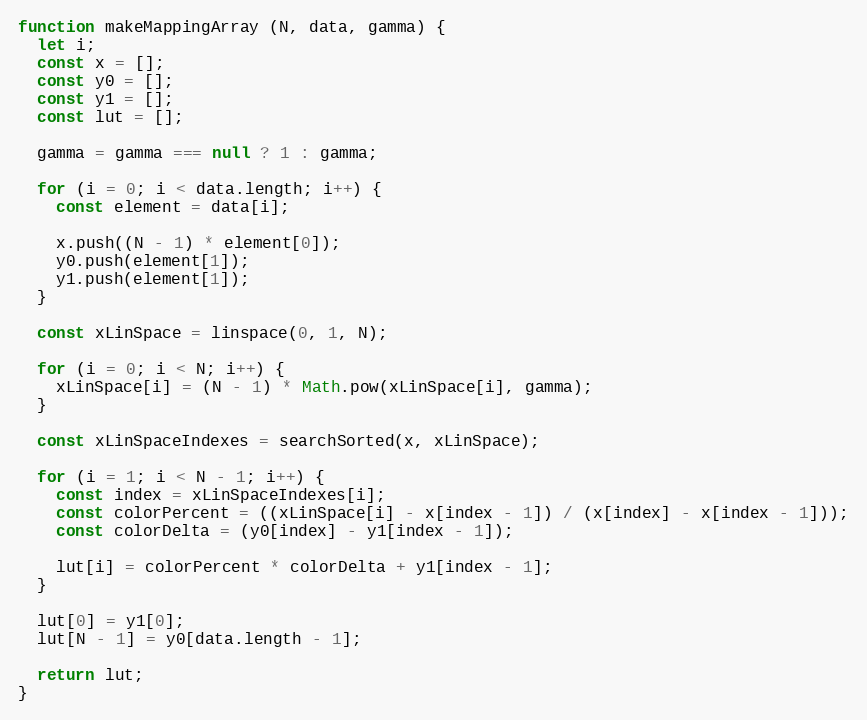
Language: JavaScript
function makeMappingArray (N, data, gamma) {
  let i;
  const x = [];
  const y0 = [];
  const y1 = [];
  const lut = [];

  gamma = gamma === null ? 1 : gamma;

  for (i = 0; i < data.length; i++) {
    const element = data[i];

    x.push((N - 1) * element[0]);
    y0.push(element[1]);
    y1.push(element[1]);
  }

  const xLinSpace = linspace(0, 1, N);

  for (i = 0; i < N; i++) {
    xLinSpace[i] = (N - 1) * Math.pow(xLinSpace[i], gamma);
  }

  const xLinSpaceIndexes = searchSorted(x, xLinSpace);

  for (i = 1; i < N - 1; i++) {
    const index = xLinSpaceIndexes[i];
    const colorPercent = ((xLinSpace[i] - x[index - 1]) / (x[index] - x[index - 1]));
    const colorDelta = (y0[index] - y1[index - 1]);

    lut[i] = colorPercent * colorDelta + y1[index - 1];
  }

  lut[0] = y1[0];
  lut[N - 1] = y0[data.length - 1];

  return lut;
}